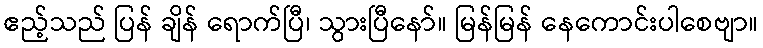
ဧည့်သည် ပြန် ချိန် ရောက်ပြီ၊ သွားပြီနော်။ မြန်မြန် နေကောင်းပါစေဗျာ။